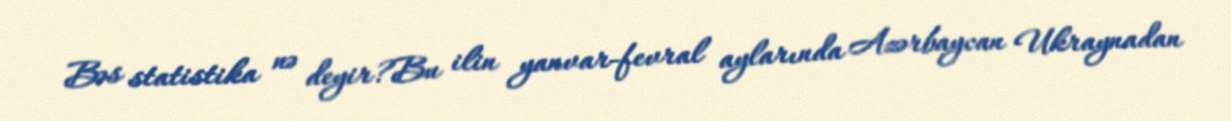
Bəs statistika nə deyir?Bu ilin yanvar-fevral aylarında Azərbaycan Ukraynadan